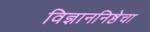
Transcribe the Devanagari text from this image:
विज्ञाननिष्ठेचा